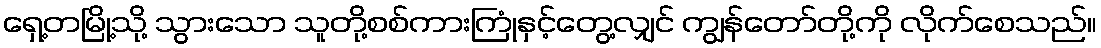
ရှေ့တမြို့သို့ သွားသော သူတို့စစ်ကားကြုံနှင့်တွေ့လျှင် ကျွန်တော်တို့ကို လိုက်စေသည်။